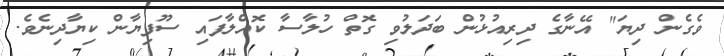
ވެގެން ދިޔަ" އޭނާގެ ދިރިއުޅުން ބަދަލުވި ގޮތް ހުލާސާ ކޮއްލާފައި ސޫފިޔާން ކިޔާދިނެވެ.